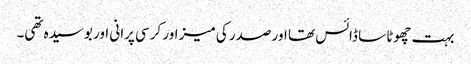
بہت چھوٹا سا ڈائس تھا اور صدر کی میز اور کرسی پرانی اور بوسیدہ تھی۔